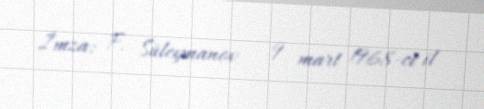
İmza: F. Süleymanov - 9 mart 1968-ci il